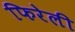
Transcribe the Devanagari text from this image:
फिरेली